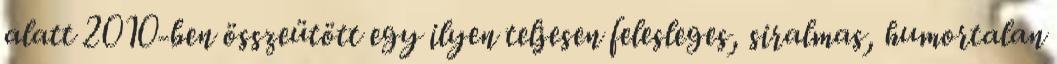
alatt 2010-ben összeütött egy ilyen teljesen felesleges, siralmas, humortalan